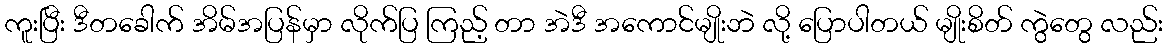
ကူးပြီး ဒီတခေါက် အိမ်အပြန်မှာ လိုက်ပြ ကြည့် တာ အဲဒီ အကောင်မျိုးဘဲ လို့ ပြောပါတယ် မျိုးစိတ် ကွဲတွေ လည်း